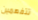
تتفهمين